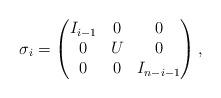
LaTeX: \begin{align*}\sigma_i = \begin{pmatrix} I_{i-1} & 0 & 0 \\0 & U & 0 \\0 & 0 & I_{n-i-1} \end{pmatrix},\end{align*}